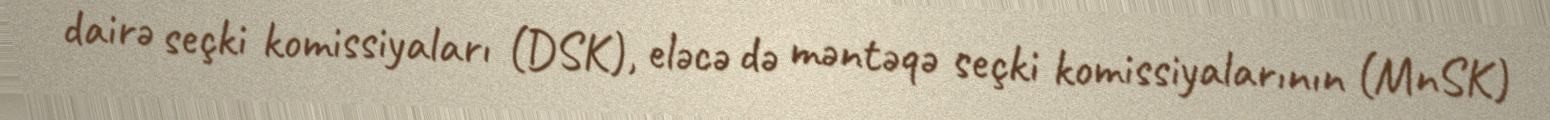
dairə seçki komissiyaları (DSK), eləcə də məntəqə seçki komissiyalarının (MnSK)